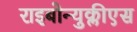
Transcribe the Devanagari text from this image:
राइबोन्युक्लीएस